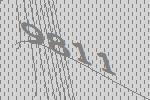
9811